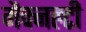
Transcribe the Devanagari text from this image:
मैक्नल्टी